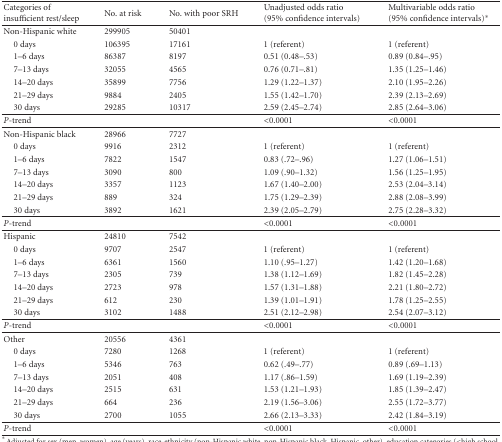
<table><thead><tr><td><b>Categories of insufficient rest/sleep</b></td><td><b>No. at risk</b></td><td><b>No. with poor SRH</b></td><td><b>Unadjusted odds ratio (95% confidence intervals)</b></td><td><b>Multivariable odds ratio(95% confidence intervals)*</b></td></tr></thead><tbody><tr><td>Non-Hispanic white</td><td>299905</td><td>50401</td><td></td><td></td></tr><tr><td> 0 days</td><td>106395</td><td>17161</td><td>1 (referent)</td><td>1 (referent)</td></tr><tr><td> 1–6 days</td><td>86387</td><td>8197</td><td>0.51 (0.48–.53)</td><td> 0.89 (0.84–.95)</td></tr><tr><td> 7–13 days</td><td>32055</td><td>4565</td><td> 0.76 (0.71–.81)</td><td> 1.35 (1.25–1.46)</td></tr><tr><td> 14–20 days</td><td>35899</td><td>7756</td><td> 1.29 (1.22–1.37)</td><td> 2.10 (1.95–2.26)</td></tr><tr><td> 21–29 days</td><td>9884</td><td>2405</td><td> 1.55 (1.42–1.70)</td><td> 2.39 (2.13–2.69)</td></tr><tr><td> 30 days</td><td>29285</td><td>10317</td><td> 2.59 (2.45–2.74)</td><td> 2.85 (2.64–3.06) </td></tr><tr><td><i>P</i>-trend</td><td></td><td></td><td>&lt;0.0001</td><td>&lt;0.0001</td></tr><tr><td>Non-Hispanic black</td><td>28966</td><td>7727</td><td></td><td></td></tr><tr><td> 0 days</td><td>9916</td><td>2312</td><td>1 (referent)</td><td>1 (referent)</td></tr><tr><td> 1–6 days</td><td>7822</td><td>1547</td><td>0.83 (.72–.96)</td><td>1.27 (1.06–1.51)</td></tr><tr><td> 7–13 days</td><td>3090</td><td>800</td><td> 1.09 (.90–1.32)</td><td> 1.56 (1.25–1.95)</td></tr><tr><td> 14–20 days</td><td>3357</td><td>1123</td><td> 1.67 (1.40–2.00)</td><td> 2.53 (2.04–3.14)</td></tr><tr><td> 21–29 days</td><td>889</td><td>324</td><td> 1.75 (1.29–2.39)</td><td> 2.88 (2.08–3.99)</td></tr><tr><td> 30 days</td><td>3892</td><td>1621</td><td> 2.39 (2.05–2.79)</td><td> 2.75 (2.28–3.32) </td></tr><tr><td><i>P</i>-trend</td><td></td><td></td><td>&lt;0.0001</td><td>&lt;0.0001</td></tr><tr><td>Hispanic</td><td>24810</td><td>7542</td><td></td><td></td></tr><tr><td> 0 days</td><td>9707</td><td>2547</td><td>1 (referent)</td><td>1 (referent)</td></tr><tr><td> 1–6 days</td><td>6361</td><td>1560</td><td>1.10 (.95–1.27)</td><td>1.42 (1.20–1.68)</td></tr><tr><td> 7–13 days</td><td>2305</td><td>739</td><td> 1.38 (1.12–1.69)</td><td> 1.82 (1.45–2.28)</td></tr><tr><td> 14–20 days</td><td>2723</td><td>978</td><td> 1.57 (1.31–1.88)</td><td> 2.21 (1.80–2.72)</td></tr><tr><td> 21–29 days</td><td>612</td><td>230</td><td> 1.39 (1.01–1.91)</td><td> 1.78 (1.25–2.55)</td></tr><tr><td> 30 days</td><td>3102</td><td>1488</td><td> 2.51 (2.12–2.98)</td><td> 2.54 (2.07–3.12) </td></tr><tr><td><i>P</i>-trend</td><td></td><td></td><td>&lt;0.0001</td><td>&lt;0.0001</td></tr><tr><td>Other</td><td>20556</td><td>4361</td><td></td><td></td></tr><tr><td> 0 days</td><td>7280</td><td>1268</td><td>1 (referent)</td><td>1 (referent)</td></tr><tr><td> 1–6 days</td><td>5346</td><td>763</td><td>0.62 (.49–.77)</td><td>0.89 (.69–1.13)</td></tr><tr><td> 7–13 days</td><td>2051</td><td>408</td><td>1.17 (.86–1.59)</td><td>1.69 (1.19–2.39)</td></tr><tr><td> 14–20 days</td><td>2515</td><td>631</td><td> 1.53 (1.21–1.93)</td><td> 1.85 (1.39–2.47)</td></tr><tr><td> 21–29 days</td><td>664</td><td>236</td><td> 2.19 (1.56–3.06)</td><td> 2.55 (1.72–3.77)</td></tr><tr><td> 30 days</td><td>2700</td><td>1055</td><td> 2.66 (2.13–3.33)</td><td> 2.42 (1.84–3.19) </td></tr><tr><td><i>P</i>-trend</td><td></td><td></td><td>&lt;0.0001</td><td>&lt;0.0001</td></tr></tbody></table>